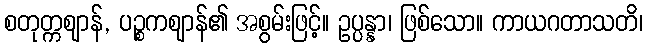
စတုတ္ကဈာန်, ပဉ္စကဈာန်၏ အစွမ်းဖြင့်။ ဥပ္ပန္နာ၊ ဖြစ်သော။ ကာယဂတာသတိ၊